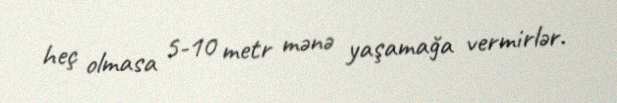
heç olmasa 5-10 metr mənə yaşamağa vermirlər.